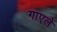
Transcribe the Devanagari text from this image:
गाएले